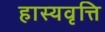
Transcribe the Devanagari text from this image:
हास्यवृत्ति